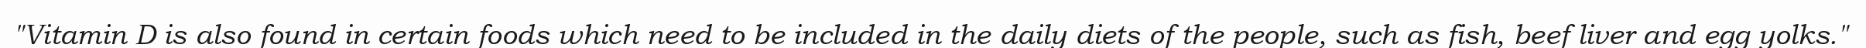
"Vitamin D is also found in certain foods which need to be included in the daily diets of the people, such as fish, beef liver and egg yolks."